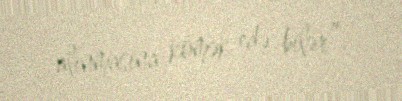
alınmasına kömək edə bilər”.